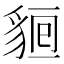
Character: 𧳔